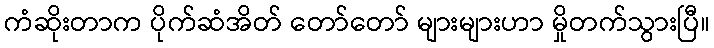
ကံဆိုးတာက ပိုက်ဆံအိတ် တော်တော် များများဟာ မှိုတက်သွားပြီ။